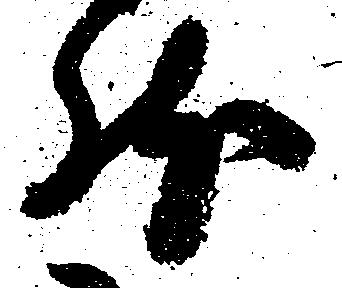
然